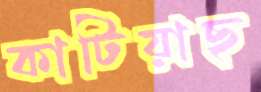
কাটিয়াছ